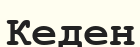
Кеден